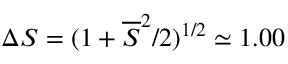
\Delta S = ( 1 + \overline { { S } } ^ { 2 } / 2 ) ^ { 1 / 2 } \simeq 1 . 0 0